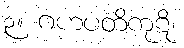
၃။ ဂဟပတိကုဋိ၊